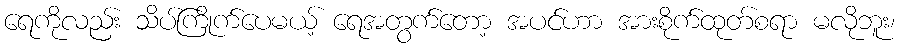
ရေကိုလည်း သိပ်ကြိုက်ပေမယ့် ရေအတွက်တော့ အပင်ဟာ အားစိုက်ထုတ်စရာ မလိုဘူး၊